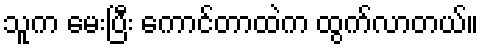
သူက မေးပြီး ကောင်တာထဲက ထွက်လာတယ်။